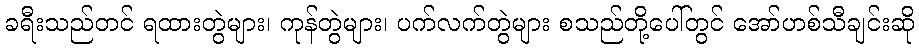
ခရီးသည်တင် ရထားတွဲများ၊ ကုန်တွဲများ၊ ပက်လက်တွဲများ စသည်တို့ပေါ်တွင် အော်ဟစ်သီချင်းဆို